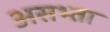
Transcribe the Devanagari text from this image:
असभ्ता